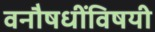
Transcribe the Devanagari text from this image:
वनौषधींविषयी